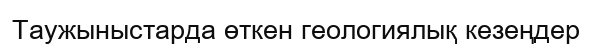
Таужыныстарда өткен геологиялық кезеңдер